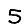
Digit: 5